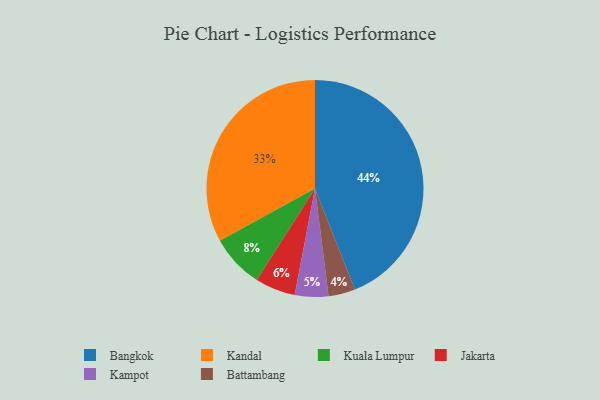
{"axis": {"x": "Category", "y": "Percentage"}, "legend": ["Bangkok", "Battambang", "Jakarta", "Kampot", "Kandal", "Kuala Lumpur"], "data": [{"x": "Kandal", "y": 33, "type": "Kandal"}, {"x": "Kampot", "y": 5, "type": "Kampot"}, {"x": "Bangkok", "y": 44, "type": "Bangkok"}, {"x": "Battambang", "y": 4, "type": "Battambang"}, {"x": "Jakarta", "y": 6, "type": "Jakarta"}, {"x": "Kuala Lumpur", "y": 8, "type": "Kuala Lumpur"}]}